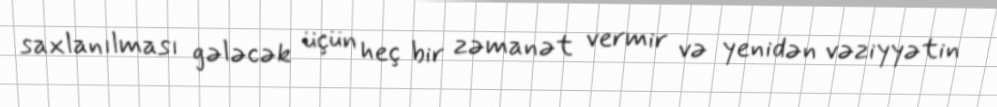
saxlanılması gələcək üçün heç bir zəmanət vermir və yenidən vəziyyətin